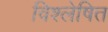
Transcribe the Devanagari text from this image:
विश्‍लेषित